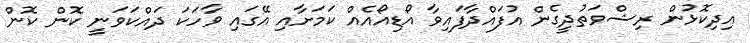
އިދިކޮޅުން ރިޝްވަތުދީގެން އުފައްދާފައިވާ އޯޑިއޯއެއް ކަމަށާއި އޭގައި ވާހަކަ ދައްކަވަނީ ކޮން ކޮން